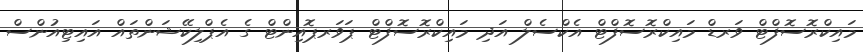
މައިކްރޮސޮފްޓް ވަރޑް މައިކްރޮސޮފްޓް އެކްސެލް އަދި މައިކްރޮސޮފްޓް ޕަވަރޕޮއިންޓް ގެ އެޕްލިކޭޝަންތައް އައިޓިއުންސް